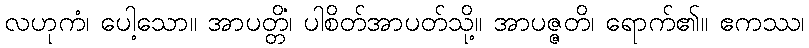
လဟုကံ၊ ပေါ့သော။ အာပတ္တိံ၊ ပါစိတ်အာပတ်သို့။ အာပဇ္ဇတိ၊ ရောက်၏။ ဧကဿ၊